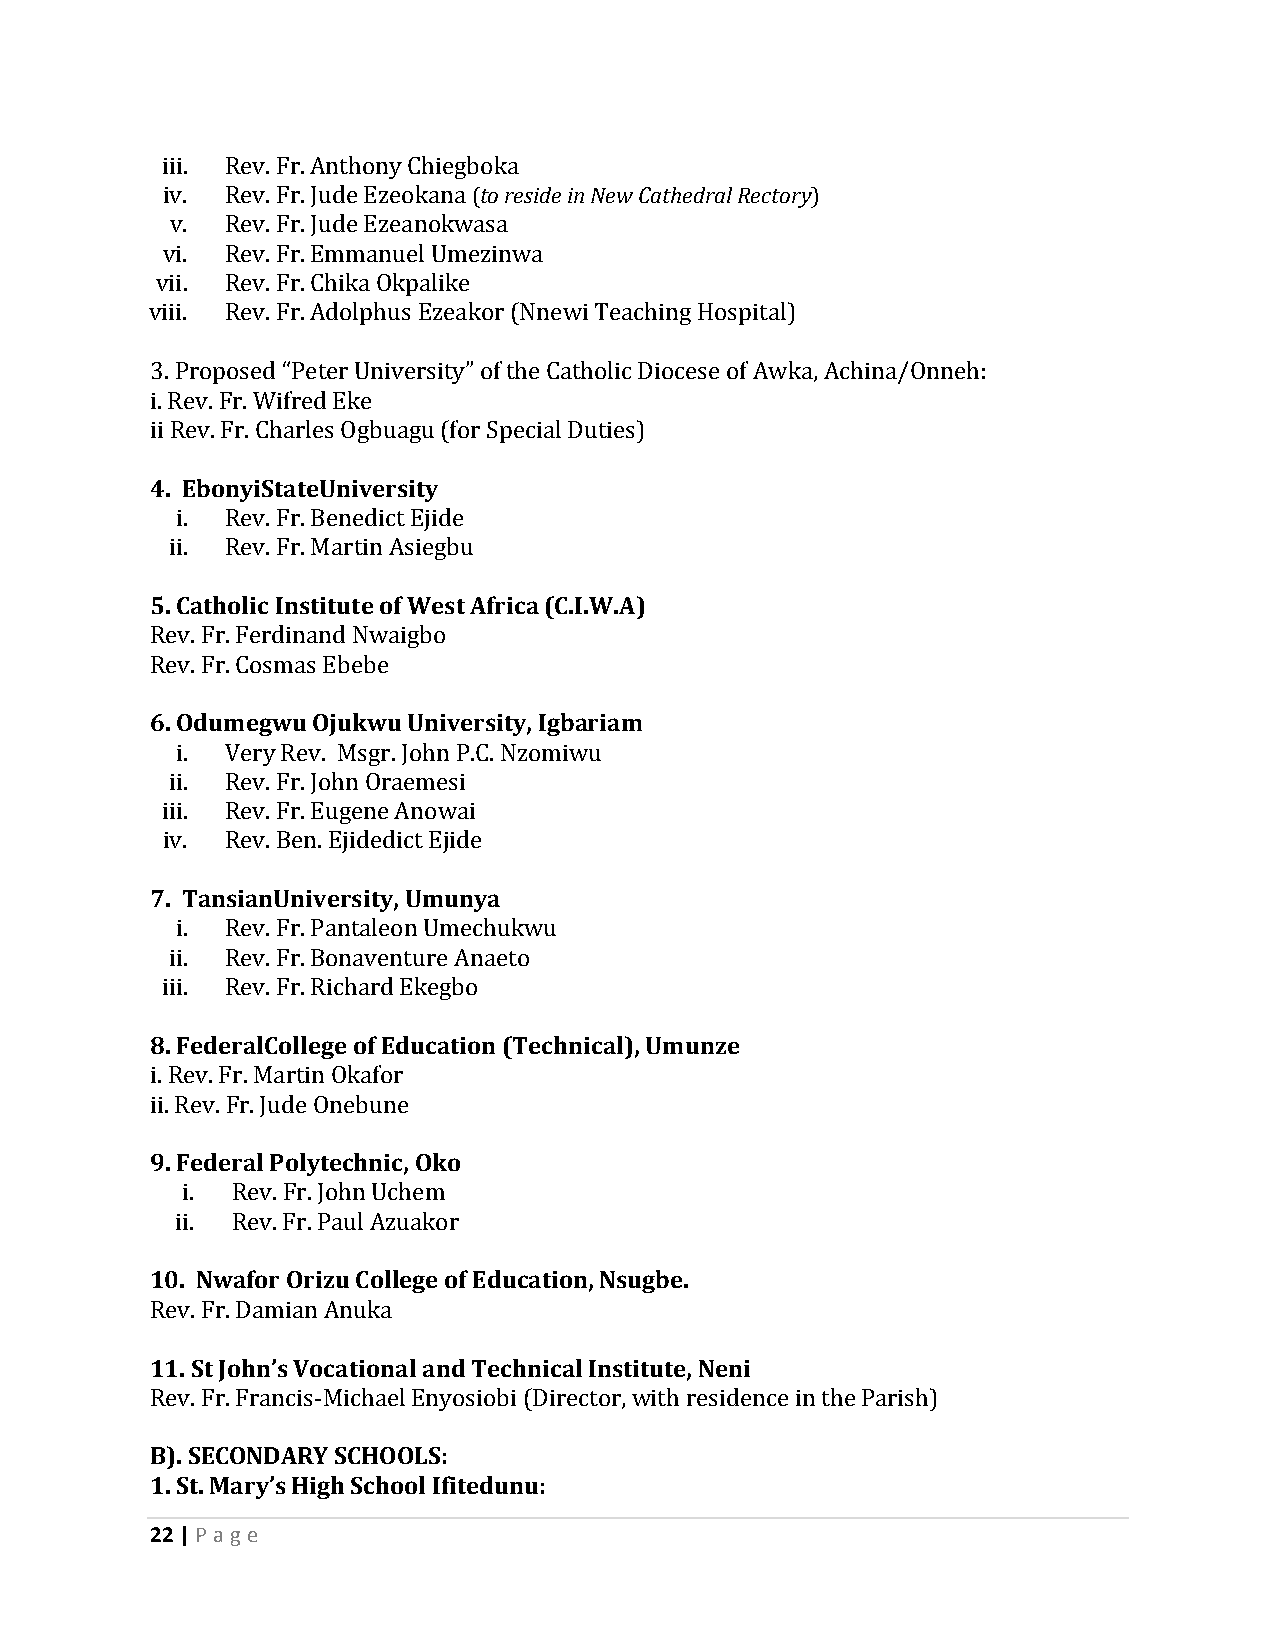
iii. Rev. Fr. Anthony Chiegboka
 iv. Rev. Fr. Jude Ezeokana (to reside in New Cathedral Rectory)
 v.  Rev. Fr. Jude Ezeanokwasa
 vi. Rev. Fr. Emmanuel Umezinwa
 vii. Rev. Fr. Chika Okpalike
 viii. Rev. Fr. Adolphus Ezeakor (Nnewi Teaching Hospital)
 3. Proposed “Peter University” of the Catholic Diocese of Awka, Achina/Onneh:
 i. Rev. Fr. Wifred Eke
 ii Rev. Fr. Charles Ogbuagu (for Special Duties)
 4. EbonyiStateUniversity
 i. Rev. Fr. Benedict Ejide
 ii. Rev. Fr. Martin Asiegbu
 5. Catholic Institute of West Africa (C.I.W.A)
 Rev. Fr. Ferdinand Nwaigbo
 Rev. Fr. Cosmas Ebebe
 6. Odumegwu Ojukwu University, Igbariam
 i. Very Rev. Msgr. John P.C. Nzomiwu
 ii. Rev. Fr. John Oraemesi
 iii. Rev. Fr. Eugene Anowai
 iv. Rev. Ben. Ejidedict Ejide
 7. TansianUniversity, Umunya
 i. Rev. Fr. Pantaleon Umechukwu
 ii. Rev. Fr. Bonaventure Anaeto
 iii. Rev. Fr. Richard Ekegbo
 8. FederalCollege of Education (Technical), Umunze
 i. Rev. Fr. Martin Okafor
 ii. Rev. Fr. Jude Onebune
 9. Federal Polytechnic, Oko
 i. Rev. Fr. John Uchem
 ii. Rev. Fr. Paul Azuakor
 10. Nwafor Orizu College of Education, Nsugbe.
 Rev. Fr. Damian Anuka
 11. St John’s Vocational and Technical Institute, Neni
 Rev. Fr. Francis-Michael Enyosiobi (Director, with residence in the Parish)
 B). SECONDARY SCHOOLS:
 1. St. Mary’s High School Ifitedunu:
 22 | P age